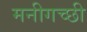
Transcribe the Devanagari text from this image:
मनीगच्छी